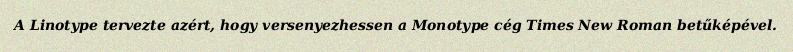
A Linotype tervezte azért, hogy versenyezhessen a Monotype cég Times New Roman betűképével.